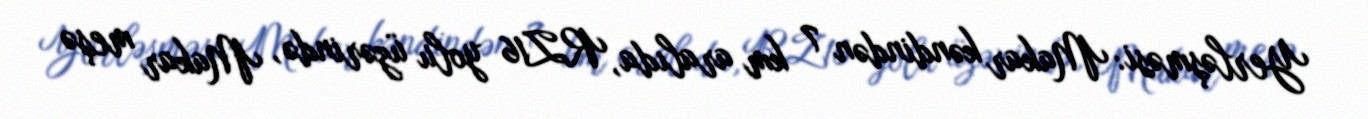
Yerləşməsi: Makar kəndindən 7 km aralıda, RZ16 yolu üzərində, Makar meşə